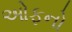
ઓફનો